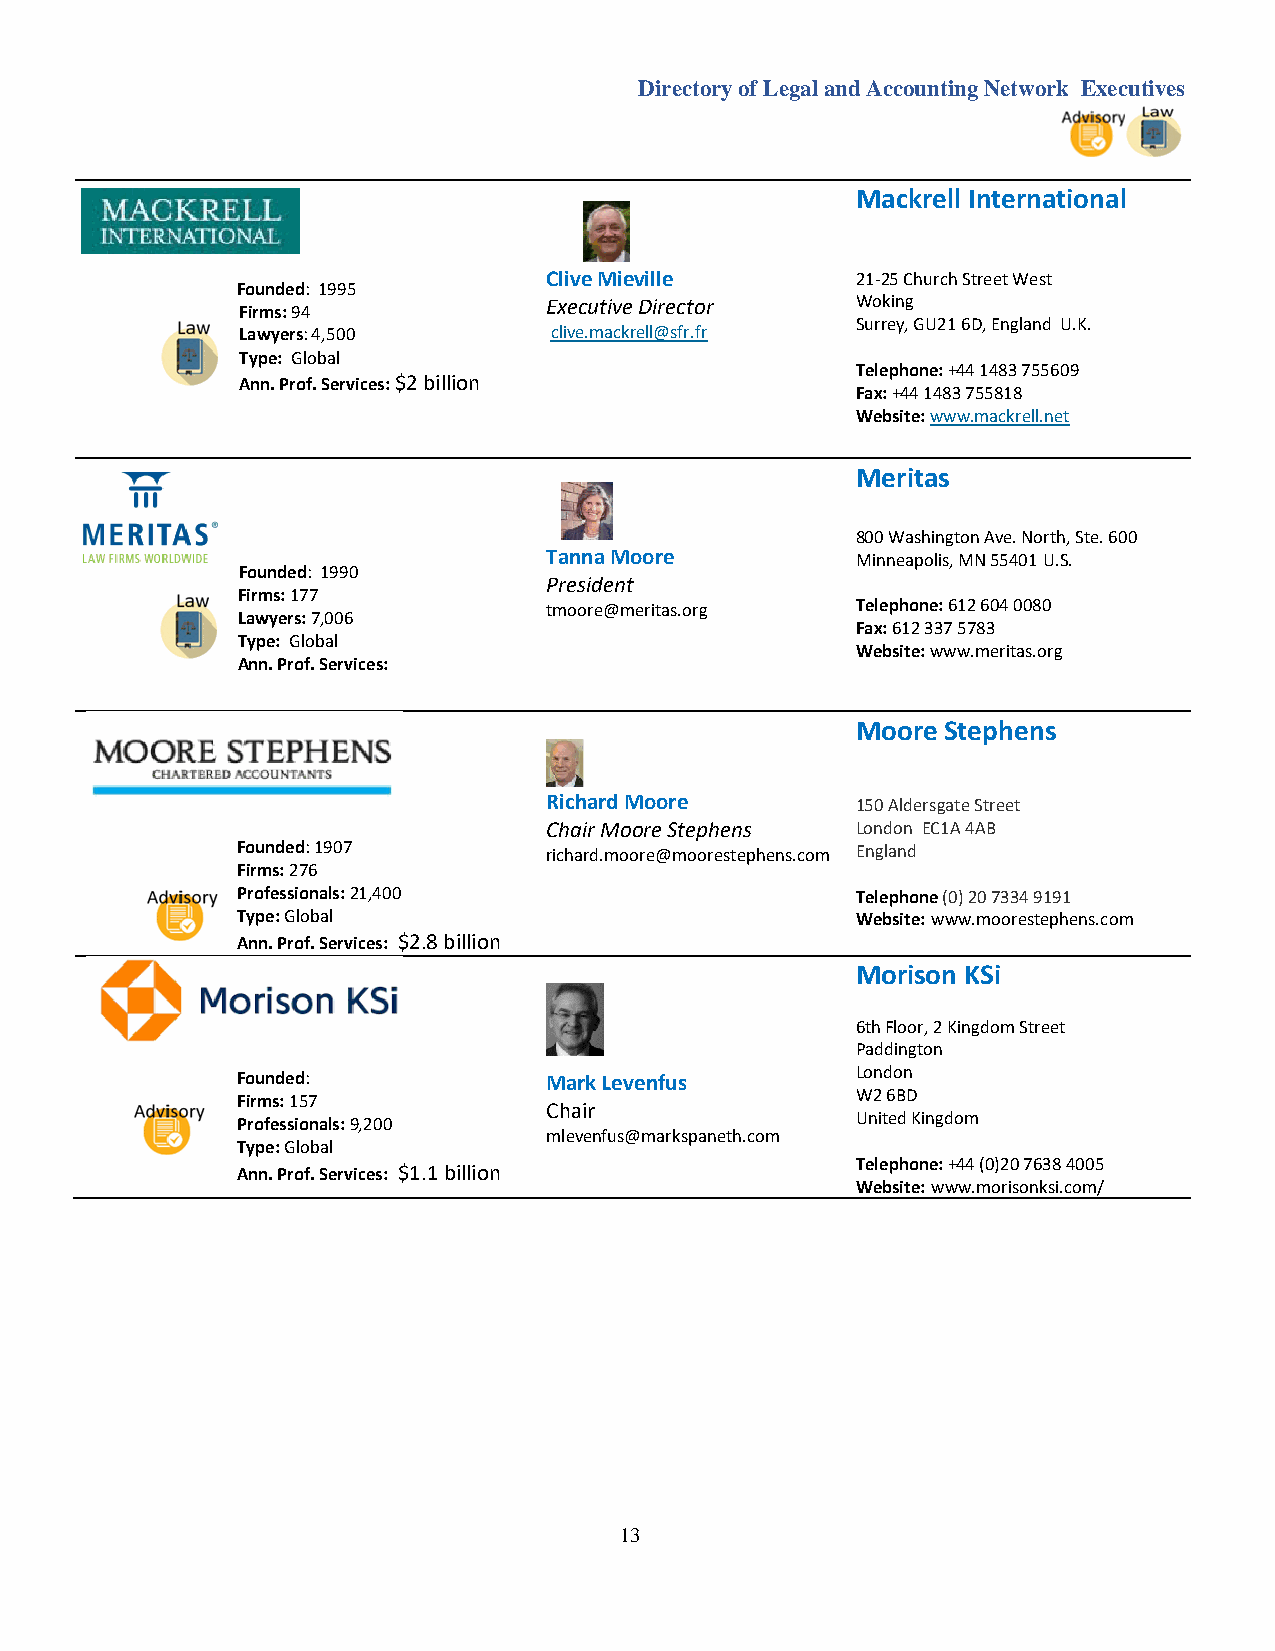
Directory of Legal and Accounting Network Executives
 Mackrell International
 Clive Mieville       21-25 Church Street West
 Founded: 1995
 Executive Director   Woking
 Firms: 94
 Lawyers: 4,500      clive.mackrell@sfr.fr
 Surrey, GU21 6D, England U.K.
 Type: Global
 Telephone: +44 1483 755609
 Ann. Prof. Services: $2 billion
 Fax: +44 1483 755818
 Website: www.mackrell.net
 Meritas
 800 Washington Ave. North, Ste. 600
 Tanna Moore          Minneapolis, MN 55401 U.S.
 Founded: 1990
 President
 Firms: 177
 tmoore@meritas.org   Telephone: 612 604 0080
 Lawyers: 7,006
 Fax: 612 337 5783
 Type: Global
 Website: www.meritas.org
 Ann. Prof. Services:
 Moore Stephens
 Richard Moore        150 Aldersgate Street
 Chair Moore Stephens London EC1A 4AB
 Founded: 1907       richard.moore@moorestephens.com England
 Firms: 276
 Professionals: 21,400                    Telephone (0) 20 7334 9191
 Type: Global                             Website: www.moorestephens.com
 Ann. Prof. Services: $2.8 billion
 Morison KSi
 6th Floor, 2 Kingdom Street
 Paddington
 Founded:            Mark Levenfus        London
 Firms: 157                               W2 6BD
 Chair
 Professionals: 9,200                     United Kingdom
 Type: Global
 mlevenfus@markspaneth.com
 Telephone: +44 (0)20 7638 4005
 Ann. Prof. Services: $1.1 billion
 Website: www.morisonksi.com/
 13